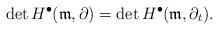
LaTeX: \begin{align*}\det H^{\bullet}(\mathfrak m, \partial) = \det H^{\bullet}(\mathfrak m, \partial _t) .\end{align*}